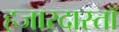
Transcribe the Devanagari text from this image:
हजारदास्ताँ